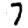
Digit: 7